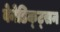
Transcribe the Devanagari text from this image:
बेनेडिक्ट्सन